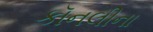
કૉનલીના